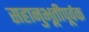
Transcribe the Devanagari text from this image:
सहानुभूतीपूर्वक